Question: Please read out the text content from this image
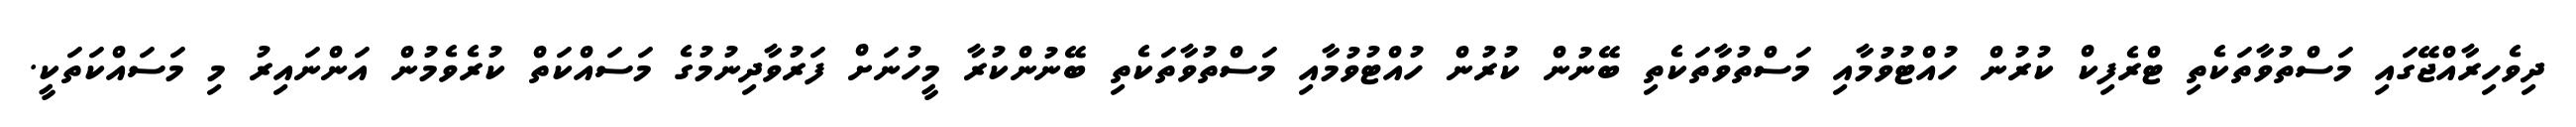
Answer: ދިވެހިރާއްޖޭގައި މަސްތުވާތަކެތި ޓްރެފިކް ކުރުން ހުއްޓުވުމާއި މަސްތުވާތަކެތި ބޭނުން ކުރުން ހުއްޓުވުމާއި މަސްތުވާތަކެތި ބޭނުންކުރާ މީހުނަށް ފަރުވާދިނުމުގެ މަސައްކަތް ކުރެވެމުން އަންނައިރު މި މަސައްކަތަކީ.